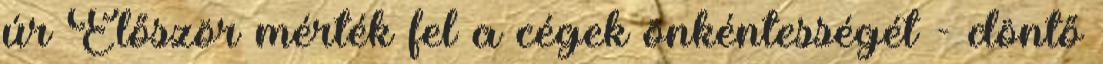
úr Először mérték fel a cégek önkéntességét - döntő